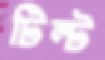
টিল্ট